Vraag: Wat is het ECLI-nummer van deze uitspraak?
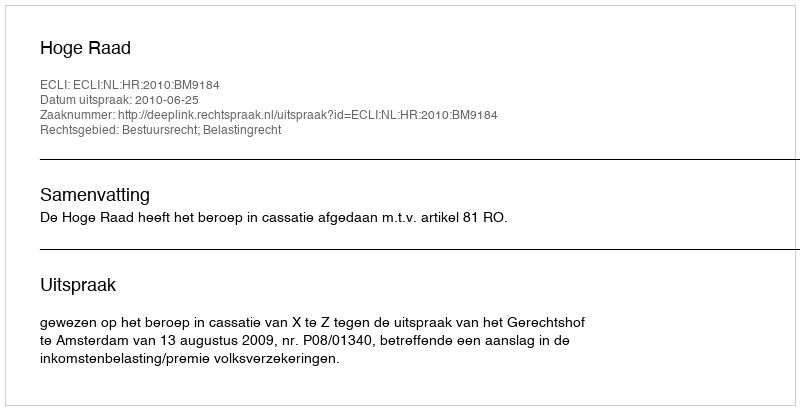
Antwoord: ECLI:NL:HR:2010:BM9184